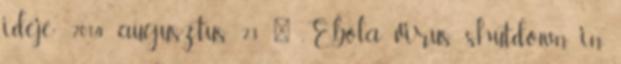
ideje: 2014. augusztus 23. ↑ „Ebola virus shutdown in